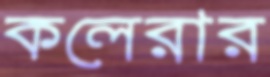
কলেরার